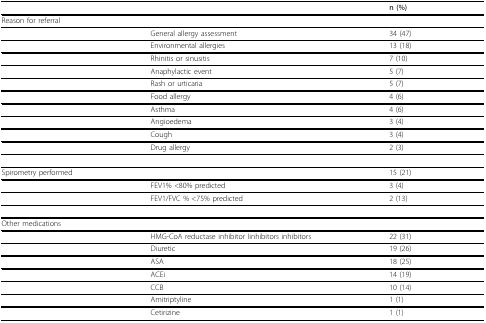
<table><thead><tr><td></td><td></td><td><b>n (%)</b></td></tr></thead><tbody><tr><td>Reason for referral</td><td></td><td></td></tr><tr><td></td><td>General allergy assessment</td><td>34 (47)</td></tr><tr><td></td><td>Environmental allergies</td><td>13 (18)</td></tr><tr><td></td><td>Rhinitis or sinusitis</td><td>7 (10)</td></tr><tr><td></td><td>Anaphylactic event</td><td>5 (7)</td></tr><tr><td></td><td>Rash or urticaria</td><td>5 (7)</td></tr><tr><td></td><td>Food allergy</td><td>4 (6)</td></tr><tr><td></td><td>Asthma</td><td>4 (6)</td></tr><tr><td></td><td>Angioedema</td><td>3 (4)</td></tr><tr><td></td><td>Cough</td><td>3 (4)</td></tr><tr><td></td><td>Drug allergy</td><td>2 (3)</td></tr><tr><td>Spirometry performed</td><td></td><td>15 (21)</td></tr><tr><td></td><td>FEV1% &lt;80% predicted</td><td>3 (4)</td></tr><tr><td></td><td>FEV1/FVC % &lt;75% predicted</td><td>2 (13)</td></tr><tr><td>Other medications</td><td></td><td></td></tr><tr><td></td><td>HMG-CoA reductase inhibitor Iinhibitors inhibitors</td><td>22 (31)</td></tr><tr><td></td><td>Diuretic</td><td>19 (26)</td></tr><tr><td></td><td>ASA</td><td>18 (25)</td></tr><tr><td></td><td>ACEi</td><td>14 (19)</td></tr><tr><td></td><td>CCB</td><td>10 (14)</td></tr><tr><td></td><td>Amitriptyline</td><td>1 (1)</td></tr><tr><td></td><td>Cetirizine</td><td>1 (1)</td></tr></tbody></table>